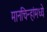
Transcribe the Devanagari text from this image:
मानचिन्हांमध्ये